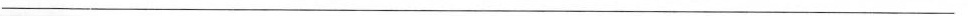
___